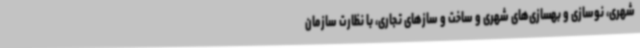
شهری، نوسازی و بهسازی‌های شهری و ساخت و سازهای تجاری، با نظارت سازمان